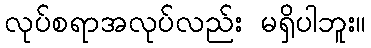
လုပ်စရာအလုပ်လည်း မရှိပါဘူး။